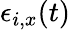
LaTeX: \epsilon_{i,x}(t)